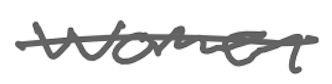
Text: women
Cross-out: single-line
Writing tool: digital_gray